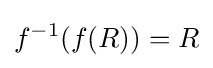
f^{-1}(f(R))=R